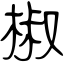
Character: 椒